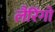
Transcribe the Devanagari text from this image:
लैरिंगो